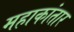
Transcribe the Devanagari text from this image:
महाकांतार